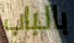
بالباب